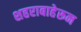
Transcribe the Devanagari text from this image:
शहराबाहेरून